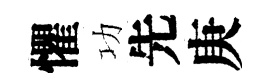
懼功先庚